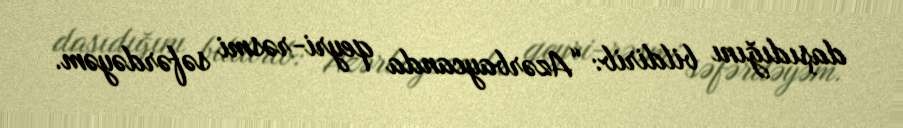
daşıdığını bildirib: “Azərbaycanda qeyri-rəsmi səfərdəyəm.